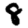
Digit: 8